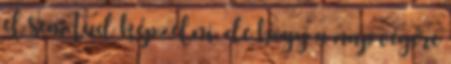
el sem tud képzelni, de hogy a nap végére